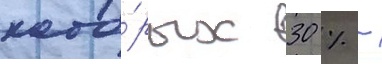
кото́рых 30 % -